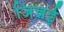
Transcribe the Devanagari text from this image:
जिन्नई